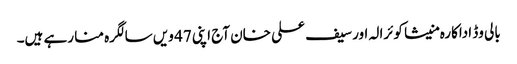
بالی وڈ اداکارہ منیشا کوئرالہ اور سیف علی خان آج اپنی 47 ویں سالگرہ منا رہے ہیں۔